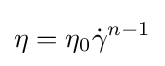
\eta =\eta _{0}{\dot {\gamma }}^{n-1}